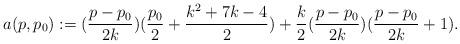
LaTeX: \begin{align*}a(p, p_0) := (\frac{p - p_0}{2k})(\frac{p_0}{2} +\frac{k^2 + 7k - 4}{2}) + \frac{k}{2}(\frac{p - p_0}{2k})(\frac{p - p_0}{2k} + 1).\end{align*}